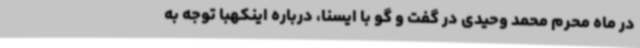
در ماه محرم محمد وحیدی در گفت و گو با ایسنا، درباره اینکهبا توجه به